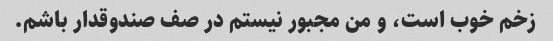
زخم خوب است، و من مجبور نیستم در صف صندوقدار باشم.